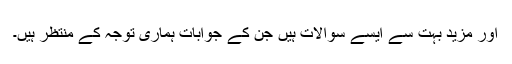
اور مزید بہت سے ایسے سوالات ہیں جن کے جوابات ہماری توجہ کے منتظر ہیں۔